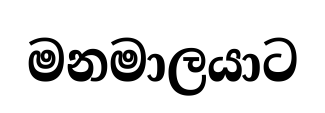
මනමාලයාට